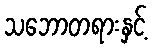
သဘောတရားနှင့်